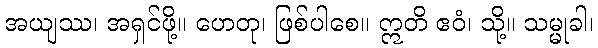
အယျဿ၊ အရှင်ဖို့။ ဟေတု၊ ဖြစ်ပါစေ။ ဣတိ ဧဝံ၊ သို့။ သမ္မုခါ၊